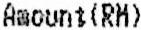
AMOUNT(RM)